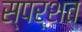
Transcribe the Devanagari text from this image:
स्पर्शत